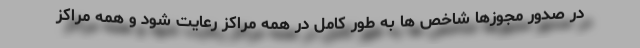
در صدور مجوزها شاخص ها به طور کامل در همه مراکز رعایت شود و همه مراکز